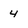
Character: 4